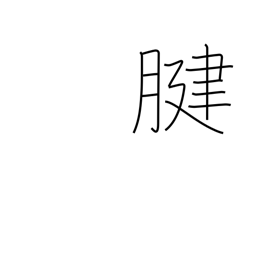
Meaning: tendon